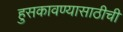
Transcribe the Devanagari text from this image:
हुसकावण्यासाठीची